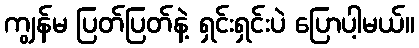
ကျွန်မ ပြတ်ပြတ်နဲ့ ရှင်းရှင်းပဲ ပြောပါ့မယ်။